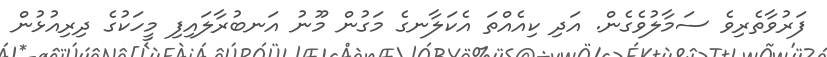
ފަރުވާތެރިވެ ސަމާލުވެގެން. އަދި ކިއެއްތަ އެކަލާނގެ މަގުން މޫނު އަނބުރާލައިފި މީހަކުގެ ދިރިއުޅުން